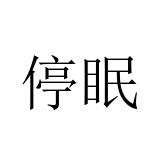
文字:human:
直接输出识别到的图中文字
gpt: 停眠